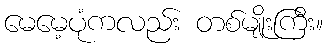
မေမေ့ပုံကလည်း တစ်မျိုးကြီး။